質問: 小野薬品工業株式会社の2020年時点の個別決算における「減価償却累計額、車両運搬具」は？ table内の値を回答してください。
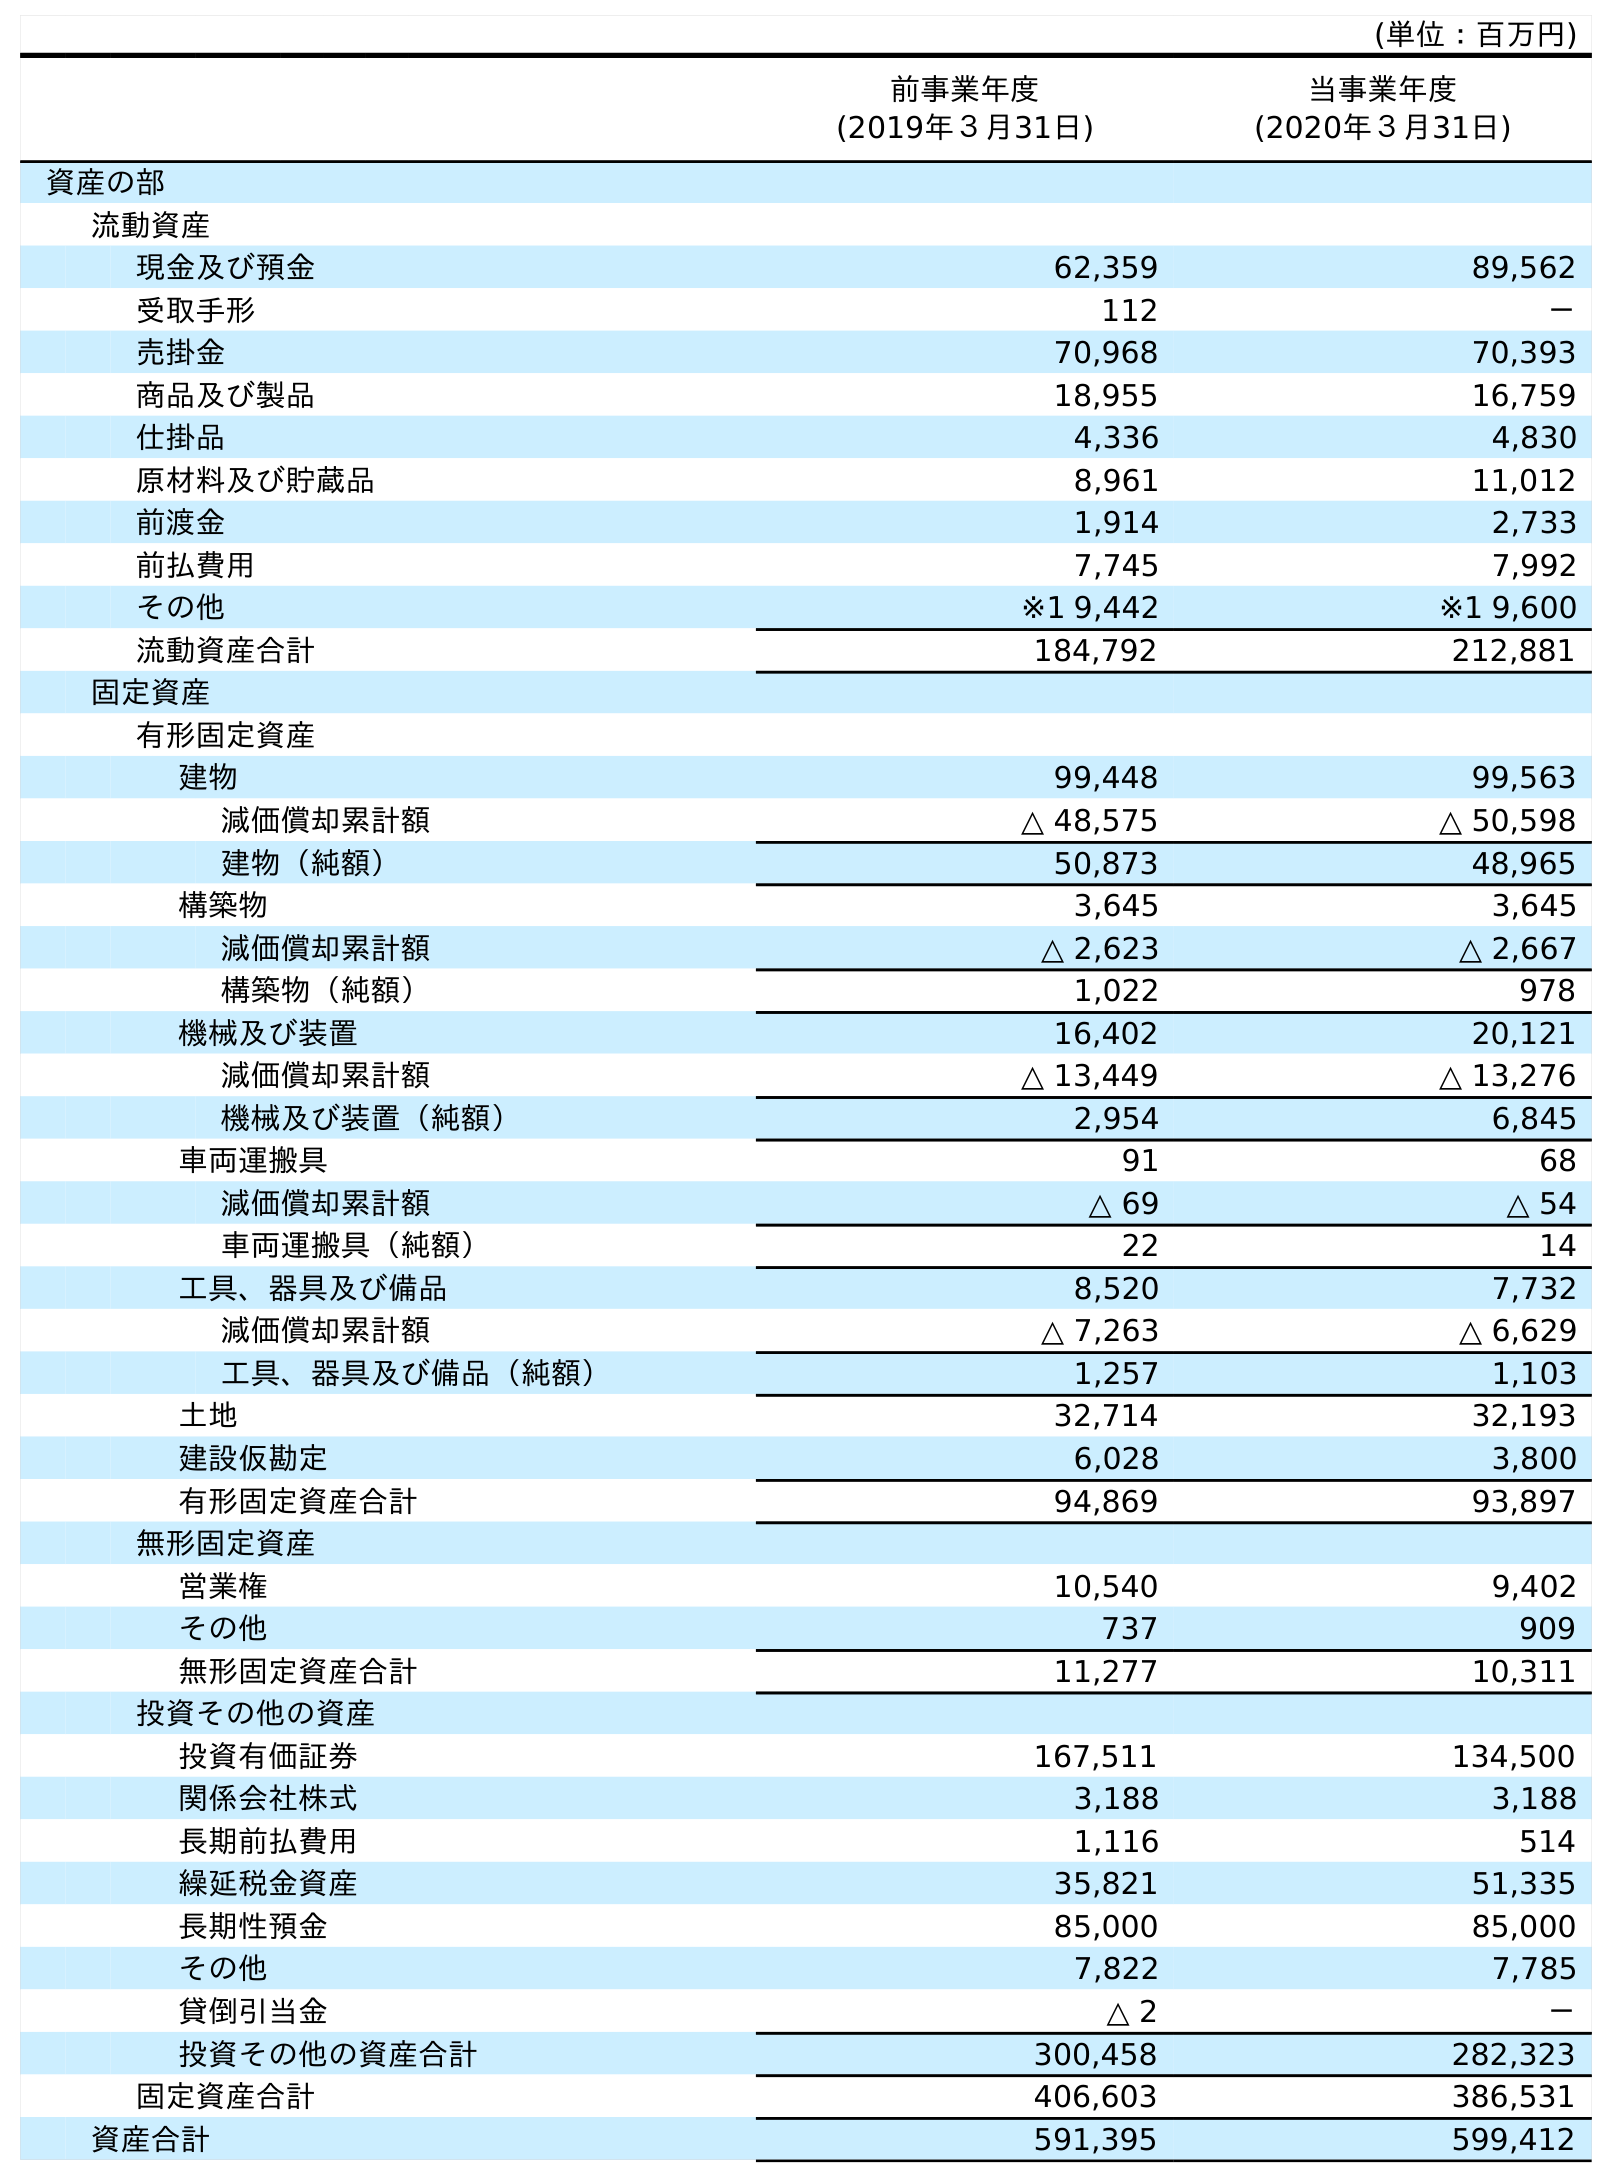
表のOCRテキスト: (単位：百万円) 前事業年度 (2019年３月31日) 当事業年度 (2020年３月31日) 資産の部 流動資産 現金及び預金 62,359 89,562 受取手形 112 － 売掛金 70,968 70,393 商品及び製品 18,955 16,759 仕掛品 4,336 4,830 原材料及び貯蔵品 8,961 11,012 前渡金 1,914 2,733 前払費用 7,745 7,992 その他 ※1 9,442 ※1 9,600 流動資産合計 184,792 212,881 固定資産 有形固定資産 建物 99,448 99,563 減価償却累計額 △ 48,575 △ 50,598 建物（純額） 50,873 48,965 構築物 3,645 3,645 減価償却累計額 △ 2,623 △ 2,667 構築物（純額） 1,022 978 機械及び装置 16,402 20,121 減価償却累計額 △ 13,449 △ 13,276 機械及び装置（純額） 2,954 6,845 車両運搬具 91 68 減価償却累計額 △ 69 △ 54 車両運搬具（純額） 22 14 工具、器具及び備品 8,520 7,732 減価償却累計額 △ 7,263 △ 6,629 工具、器具及び備品（純額） 1,257 1,103 土地 32,714 32,193 建設仮勘定 6,028 3,800 有形固定資産合計 94,869 93,897 無形固定資産 営業権 10,540 9,402 その他 737 909 無形固定資産合計 11,277 10,311 投資その他の資産 投資有価証券 167,511 134,500 関係会社株式 3,188 3,188 長期前払費用 1,116 514 繰延税金資産 35,821 51,335 長期性預金 85,000 85,000 その他 7,822 7,785 貸倒引当金 △ 2 － 投資その他の資産合計 300,458 282,323 固定資産合計 406,603 386,531 資産合計 591,395 599,412
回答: △54